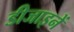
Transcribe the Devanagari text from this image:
डीजाइनें